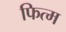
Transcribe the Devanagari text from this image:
फित्म